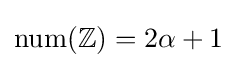
\mathrm {num} (\mathbb {Z} )=2\alpha +1